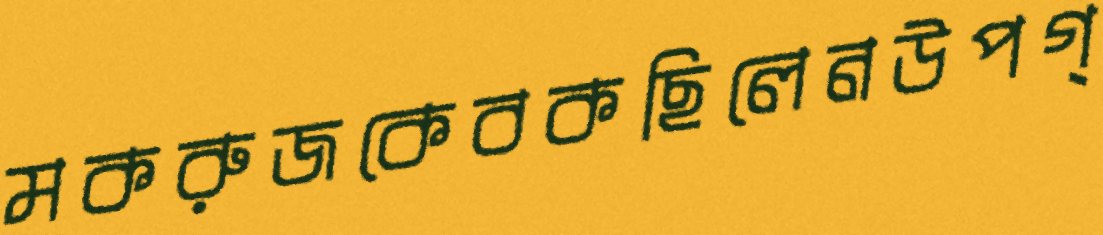
মকরুজকেবকছিলেনউপগ্